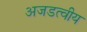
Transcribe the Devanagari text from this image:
अजडत्वीय